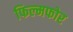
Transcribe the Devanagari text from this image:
फिल्मफोर